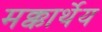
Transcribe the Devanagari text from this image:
मक्कार्थेय